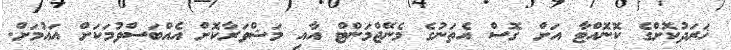
ޚަރަދުކޮށްގެ ކޮނޮއްޓާ އަށް ގޮސް އެތަނުގެ މެނޭޖްމަންޓް އާއި މަޝްވަރާކޮށް އެއްބަސްވުމަކަށް އައުމަށް.